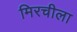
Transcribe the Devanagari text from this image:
मिरचीला